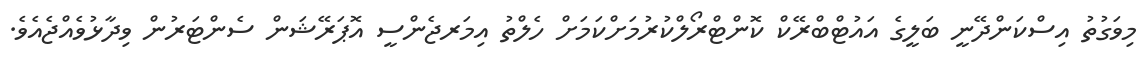
މިވަގުތު އިސްކަންދޭނީ ބަލީގެ އައުޓްބްރޭކް ކޮންޓްރޯލްކުރުމަށްކަމަށް ހެލްތު އިމަރޖެންސީ އޮޕަރޭޝަން ސެންޓަރުން ވިދާޅުވެއްޖެއެވެ.